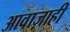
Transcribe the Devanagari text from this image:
आवाज़ाही